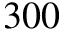
3 0 0